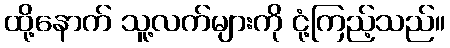
ထို့နောက် သူ့လက်များကို ငုံ့ကြည့်သည်။